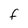
Character: F